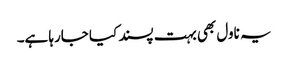
یہ ناول بھی بہت پسند کیا جارہا ہے۔